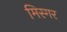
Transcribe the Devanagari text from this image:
मिस्गर